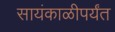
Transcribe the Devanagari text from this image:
सायंकाळीपर्यंत